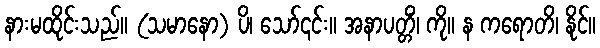
နားမထိုင်းသည်။ (သမာနော) ပိ၊ သော်၎င်း။ အနာပတ္တိံ၊ ကို။ န ကရောတိ၊ နိုင်။